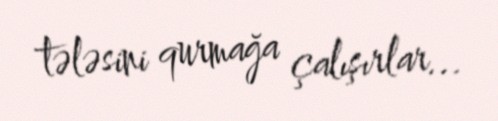
tələsini qurmağa çalışırlar...